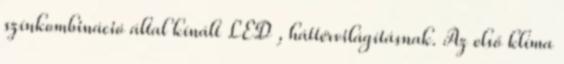
színkombináció által kínált LED , háttérvilágításnak. Az első klíma